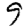
Digit: 9